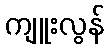
ကျူးလွန်